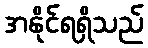
အနိုင်ရရှိသည်